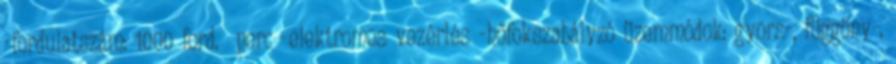
-fordulatszám: 1000 ford. perc -elektromos vezérlés -hőfokszabályzó üzemmódok: gyors-, függöny-,